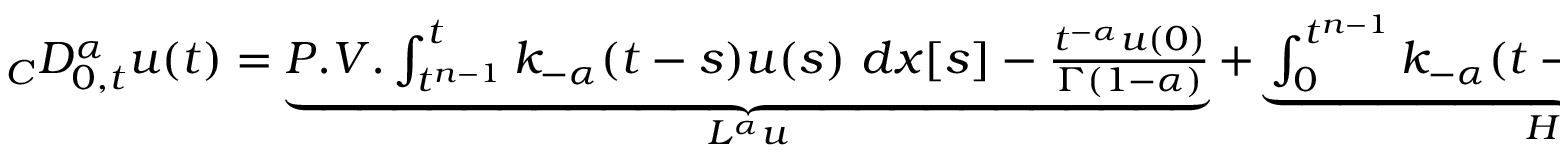
\begin{array} { r } { { } _ { C } D _ { 0 , t } ^ { \alpha } u ( t ) = \underbrace { P . V . \int _ { t ^ { n - 1 } } ^ { t } k _ { - \alpha } ( t - s ) u ( s ) \ d x [ s ] - \frac { t ^ { - \alpha } u ( 0 ) } { \Gamma ( 1 - \alpha ) } } _ { L ^ { \alpha } u } + \underbrace { \int _ { 0 } ^ { t ^ { n - 1 } } k _ { - \alpha } ( t - s ) u ( s ) \ d x [ s ] } _ { H ^ { \alpha } u } , } \end{array}